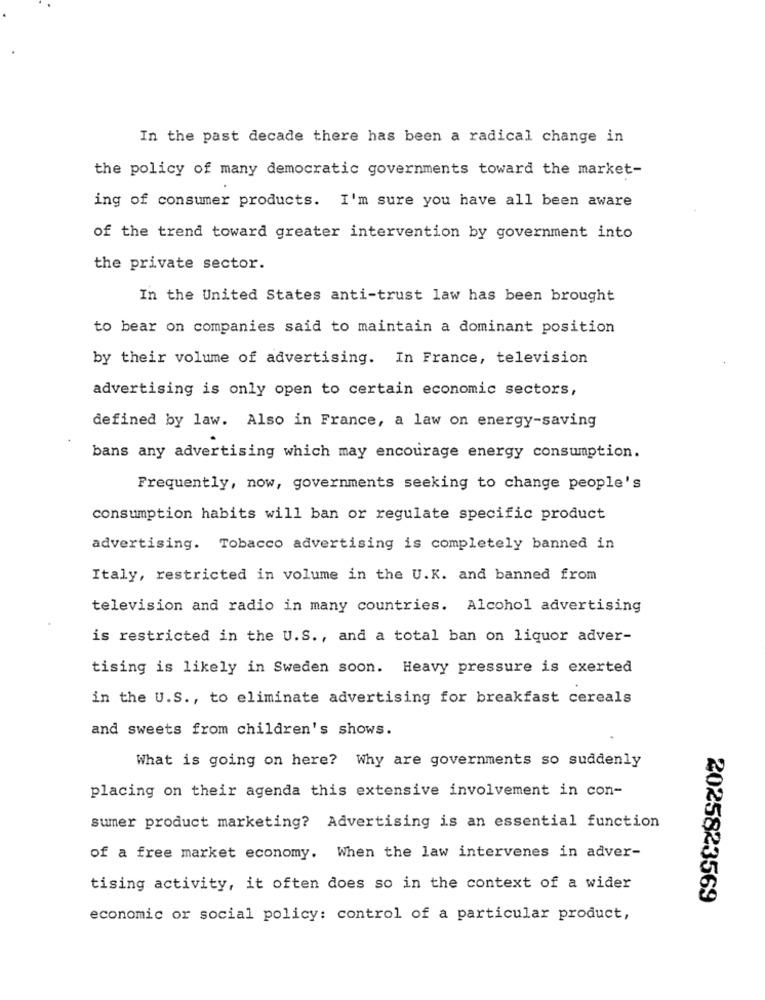
In the past decade there has been a radical change in
the policy of many democratic governments toward the market-
ing of consumer products. I'm sure you have all been aware
of the trend toward greater intervention by government into
the private sector.
In the United States anti-trust law has been brought
to bear on companies said to maintain a dominant position
by their volume of advertising. In France, television
advertising is only open to certain economic sectors,
defined by law. Also in France, a law on energy-saving
bans any advertising which may encourage energy consumption.
Frequently, now, governments seeking to change people's
consumption habits will ban or regulate specific product
advertising. Tobacco advertising is completely banned in
Italy, restricted in volume in the U.K. and banned from
television and radio in many countries. Alcohol advertising
is restricted in the U.S ., and a total ban on liquor adver-
tising is likely in Sweden soon. Heavy pressure is exerted
in the U.S ., to eliminate advertising for breakfast cereals
and sweets from children's shows.
What is going on here? Why are governments so suddenly
placing on their agenda this extensive involvement in con-
sumer product marketing? Advertising is an essential function
of a free market economy. When the law intervenes in adver-
tising activity, it often does so in the context of a wider
2025823569
economic or social policy: control of a particular product,